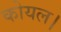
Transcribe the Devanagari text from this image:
कोयल।